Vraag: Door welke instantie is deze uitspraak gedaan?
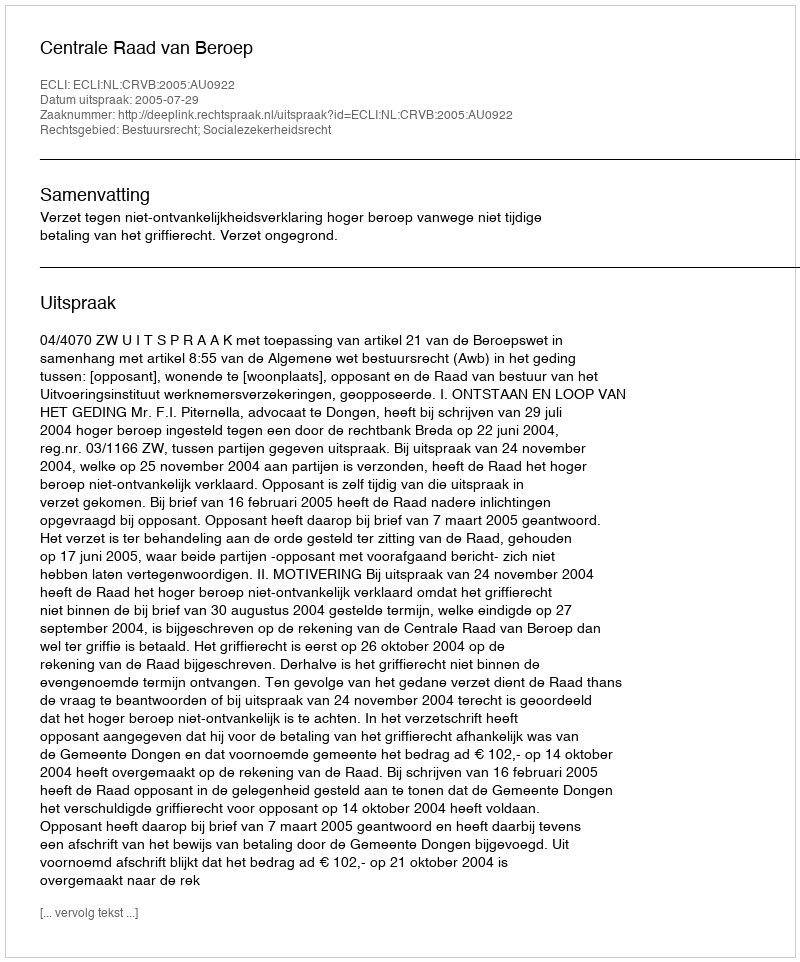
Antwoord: Centrale Raad van Beroep